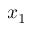
x _ { 1 }